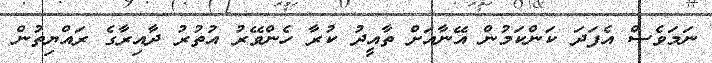
ނަމަވެސް އެފަދަ ކަންކަމުން އޭނާއަށް ތާއީދު ކުރާ ހެންވޭރު އުތުރު ދާއިރާގެ ރައްޔިތުން